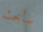
سأبحث